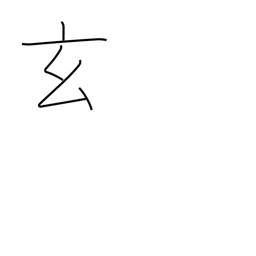
Meaning: occultness